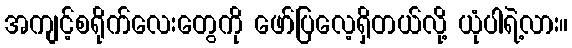
အကျင့်စရိုက်လေးတွေကို ဖော်ပြလေ့ရှိတယ်လို့ ယုံပါရဲ့လား။